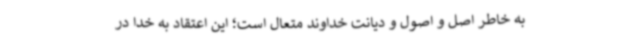
به خاطر اصل و اصول و دیانت خداوند متعال است؛ این اعتقاد به خدا در